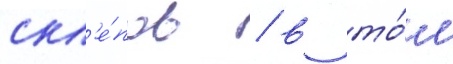
скл'е́пов / в то́м